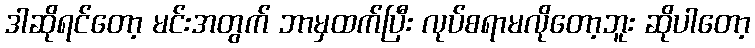
ဒါဆိုရင်တော့ မင်းအတွက် ဘာမှထက်ပြီး လုပ်စရာမလိုတော့ဘူး ဆိုပါတော့